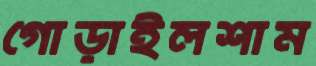
গোড়াইলশাম